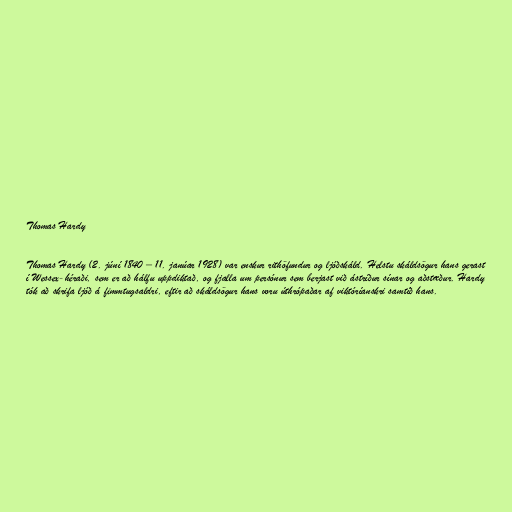
Thomas Hardy

Thomas Hardy (2. júní 1840 – 11. janúar 1928) var enskur rithöfundur og ljóðskáld. Helstu skáldsögur hans gerast
í Wessex-héraði, sem er að hálfu uppdiktað, og fjalla um persónur sem berjast við ástríður sínar og aðstæður. Hardy
tók að skrifa ljóð á fimmtugsaldri, eftir að skáldsögur hans voru úthrópaðar af viktóríanskri samtíð hans.